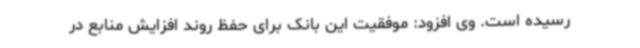
رسیده است. وی افزود: موفقیت این بانک برای حفظ روند افزایش منابع در